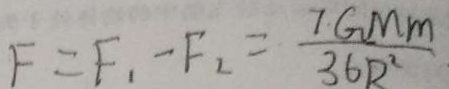
F = F _ { 1 } - F _ { 2 } = \frac { 7 G M m } { 3 6 R ^ { 2 } }